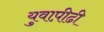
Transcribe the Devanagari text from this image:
युवाप़ीढी